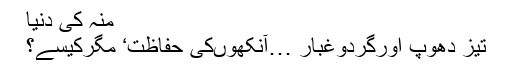
منہ کی دنیا
تیز دھوپ اورگردوغبار …آنکھوںکی حفاظت‘ مگرکیسے؟